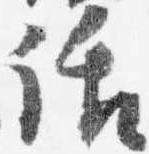
話